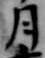
月